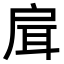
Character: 𢩇